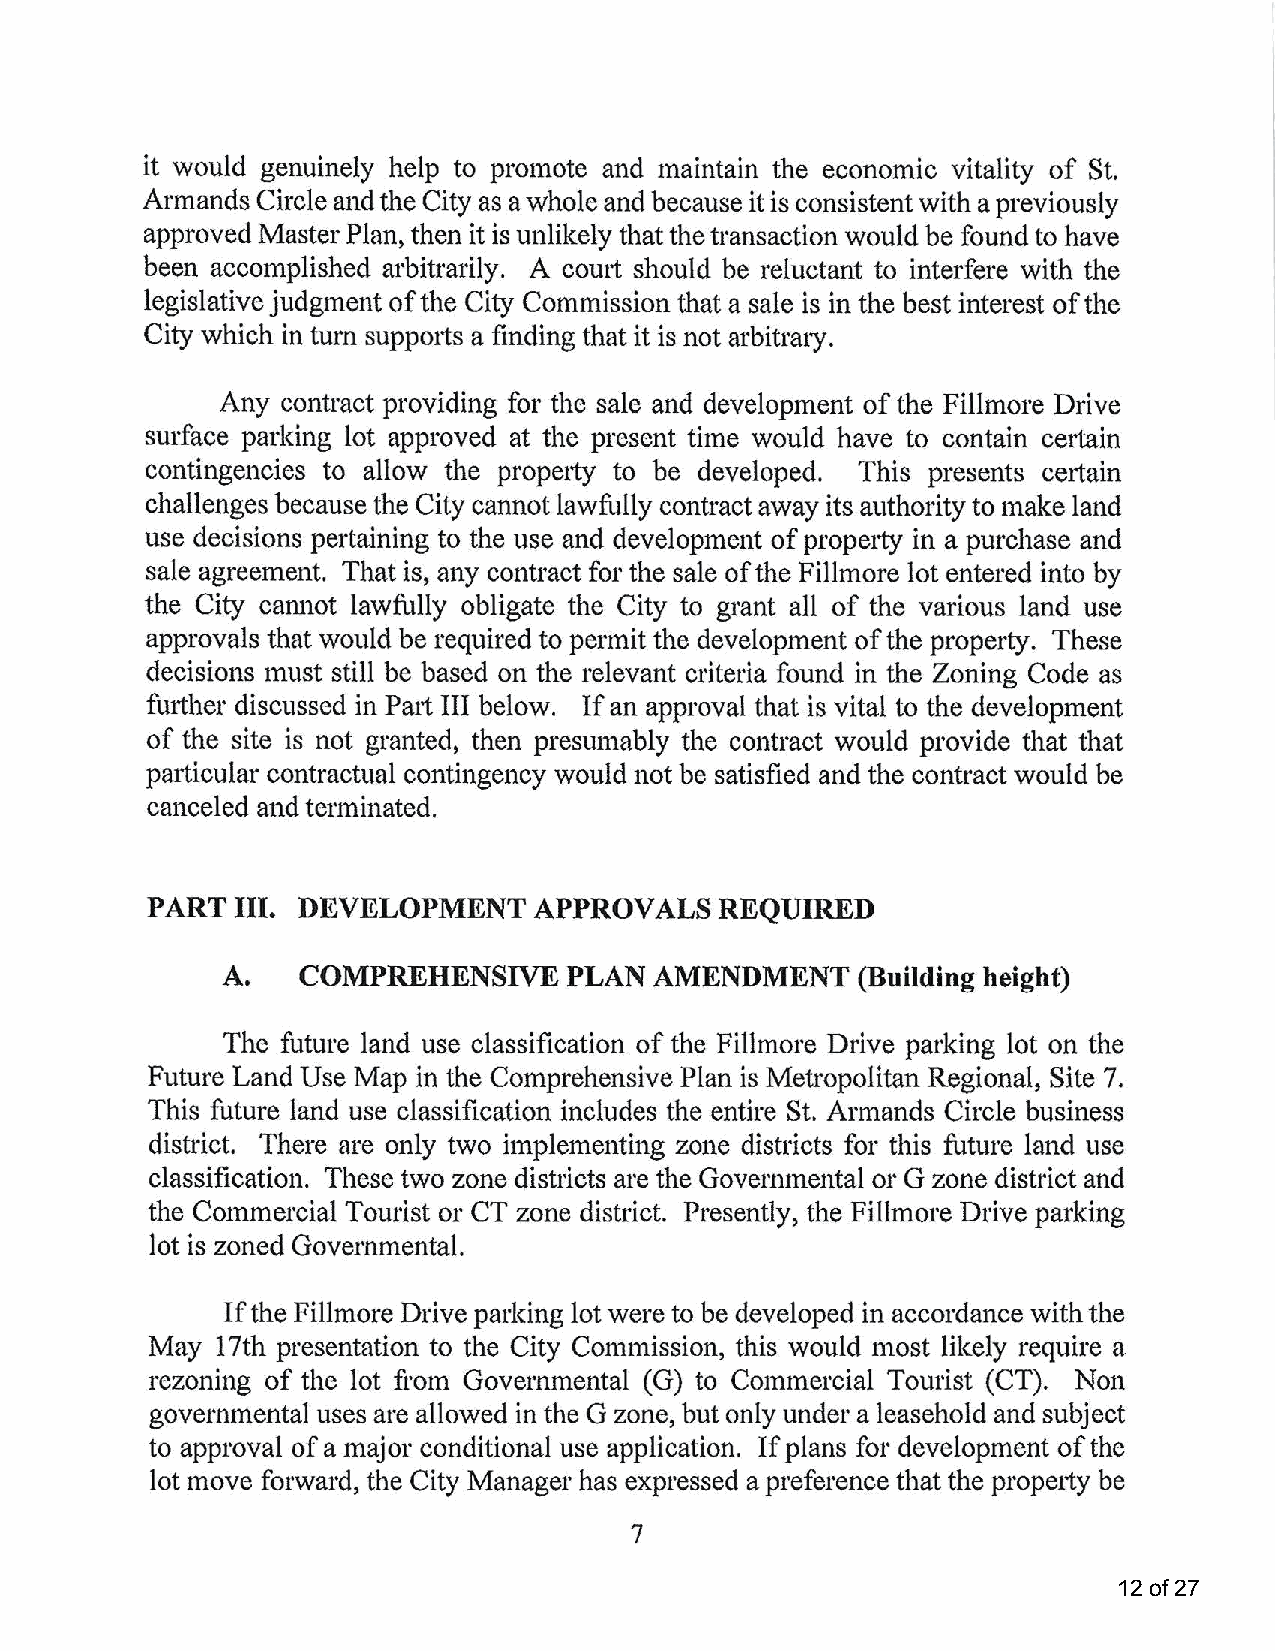
it would genuinely help to promote and maintain the economic vitality of St.
 Armands Circle and the City as a whole and because it is consistent with a previously
 approved Master Plan, then it is unlikely that the transaction would be found to have
 been accomplished arbitrarily. A court should be reluctant to interfere with the
 legislative judgment of the City Commission that a sale is in the best interest of the
 City which in turn suppmts a finding that it is not arbitrary.
 Any  contract providing for the sale and development of the Fillmore Drive
 surface parking lot approved at the present time would have to contain certain
 contingencies to allow the propetty to be developed. This presents cettain
 challenges because the City cannot lawfully contract away its authority to make land
 use decisions pertaining to the use and development of prope1ty in a purchase and
 sale agreement. That is, any contract for the sale of the Fillmore lot entered into by
 the City cannot lawfully obligate the City to grant all of the various land use
 approvals that would be required to permit the development of the property. These
 decisions must still be based on the relevant criteria found in the Zoning Code as
 further discussed in Patt III below. If an approval that is vital to the development
 of the site is not granted, then presumably the contract would provide that that
 pa1ticular contractual contingency would not be satisfied and the contract would be
 canceled and terminated.
 PART III. DEVELOPMENT    APPROVALS    REQUIRED
 A.   COMPREHENSIVE     PLAN AMENDMENT     (Building height)
 The future land use classification of the Fillmore Drive parking lot on the
 Future Land Use Map in the Comprehensive Plan is Metropolitan Regional, Site 7.
 This future land use classification includes the entire St. Armands Circle business
 district. There are only two implementing zone districts for this future land use
 classification. These two zone districts are the Governmental or G zone district and
 the Commercial Tourist or CT zone district. Presently, the Fillmore Drive parking
 lot is zoned Governmental.
 If the Fillmore Drive parking lot were to be developed in accordance with the
 May 17th presentation to the City Commission, this would most likely require a
 rezoning of the lot from Governmental (G) to Commercial Tourist (CT). Non
 gove1nmental uses are allowed in the G zone, but only under a leasehold and subject
 to approval of a major conditional use application. If plans for development of the
 lot move forward, the City Manager has expressed a preference that the propetty be
 7
 12 of 27